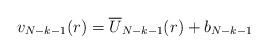
LaTeX: \begin{align*}v_{N-k-1} (r) = \overline U_{N-k-1} (r) + b_{N-k-1}\end{align*}